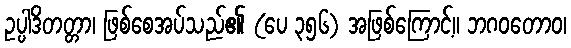
ဥပ္ပါဒိတတ္တာ၊ ဖြစ်စေအပ်သည်၏ (ပေ ၃၅၆) အဖြစ်ကြောင့်။ ဘဂဝတောဝ၊